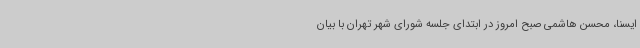
ایسنا، محسن هاشمی صبح امروز در ابتدای جلسه شورای شهر تهران با بیان